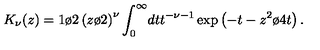
K _ { \nu } ( z ) = { 1 \o 2 } \left( { z \o 2 } \right) ^ { \nu } \int _ { 0 } ^ { \infty } \! d t t ^ { - \nu - 1 } \exp \left( - t - { z ^ { 2 } \o 4 t } \right) .